Saare_Masina-traktorijaam, lk 6
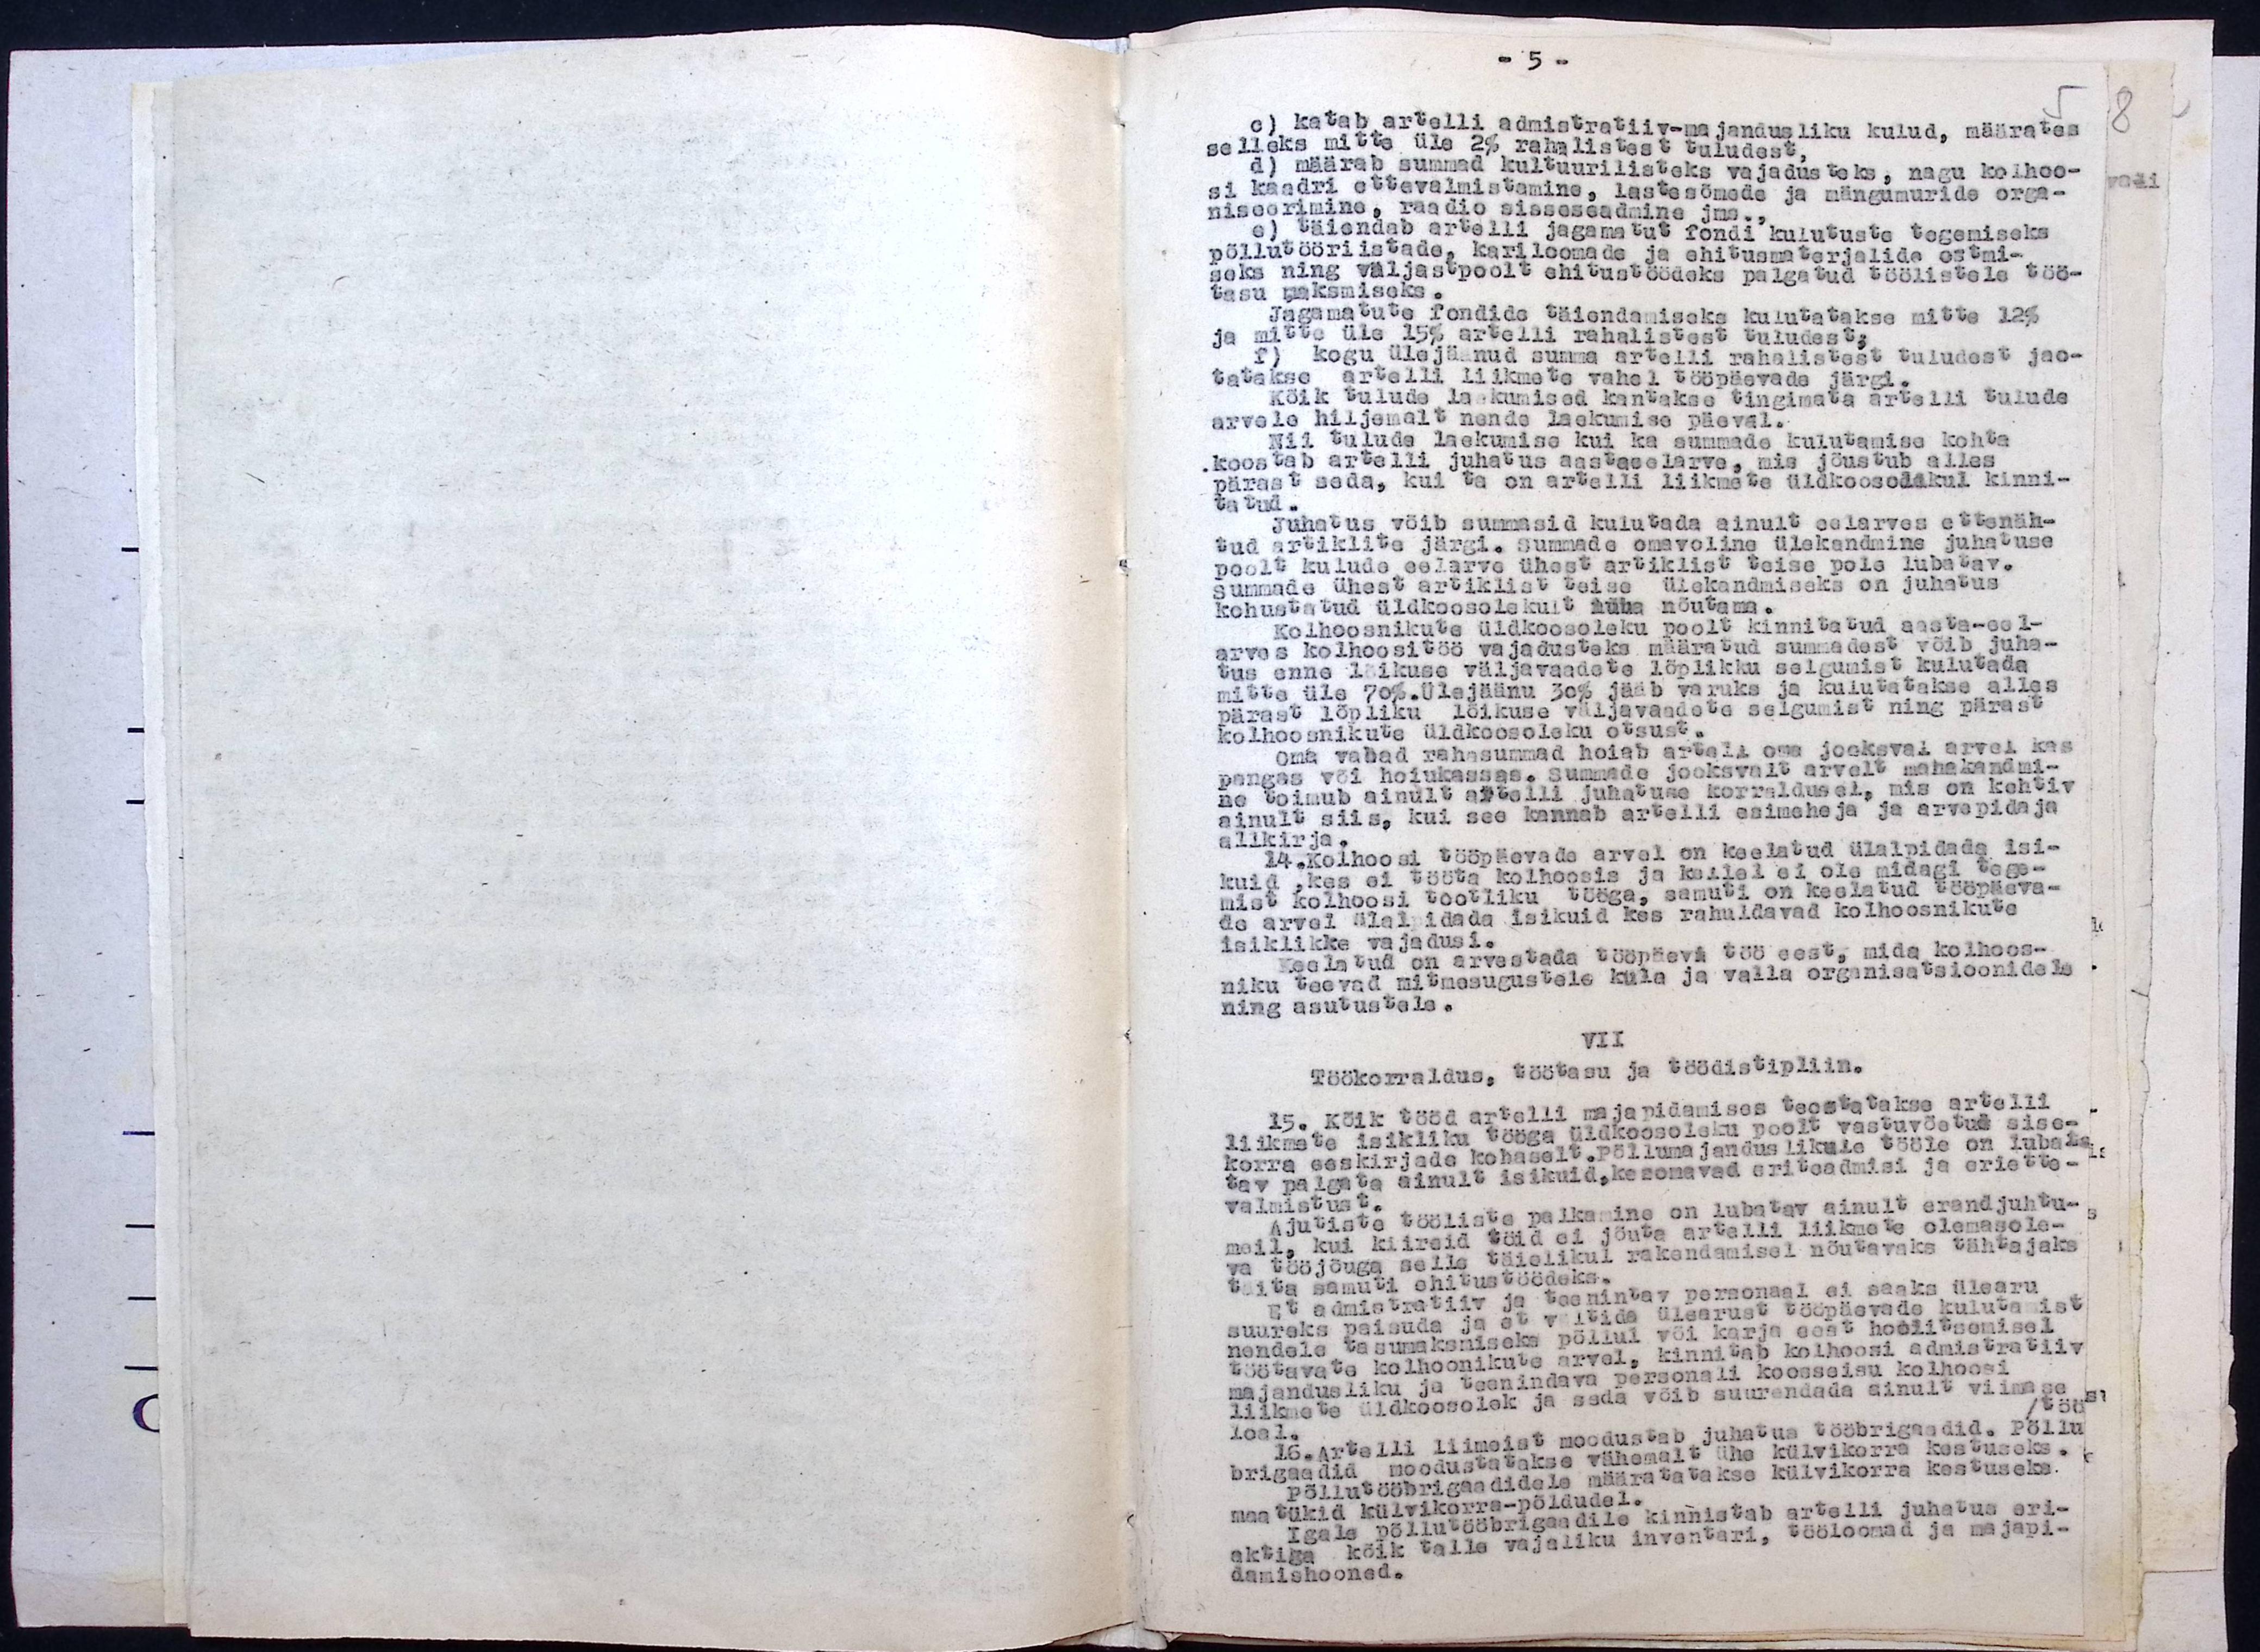
c) katab artelli administratiiv-majandusliku kulud, määrates
selleks mitte üle 2% rahalistest tuludest,
d) määrab summad kultuurilisteks vajadusteks, nagu kolhoo-
si kaadri ettevalmistamine, lastesõmede ja mängumuride orga-
miseerimine, raadio sisseseadmine jms.
e) täiendab artelli jagamatut fondi kulutuste tegemiseks
põllutööriistade, kariloomade ja ehitusmaterjalide ostmi-
seks ning väljastpoolt ehitustöödeks palgatud töölistele töö-
tasu maksmiseks.
Jagamatute fondide täiendamiseks kulutatakse mitte 12%
ja mitte üle 15% artelli rahalistest tuludest;
f) kogu ülejäänud summa artelli rahalistest tuludest jao-
tatakse artelli liikmete vahel tööpäevade järgi.
Kõik tulude laekumised kankakse tingimata artelli tulude
arvele hiljemalt nende laekumise päeval.
Nii tulude laekumise kui ka summade kulutamise kohta
koostab artelli juhatus aastaeelarve, mis jõustub alles
pärast seda, kui ta on artelli liikmete üldkoosolekul kinni-
tatud.
Juhatus võib summasid kulutada ainult eelarves ettenäh-
tud artiklite järgi. Summade omavoline ülekandmine juhatuse
poolt kulude eelarve ühest artiklist teise pole lubatav
Summade ühest artiklist teise ülekandmiseks on juhatus
kohustatud üldkoosolekult luba nõutama.
Kolhoosnikute üldkoosoleku poolt kinnitatud aasta-eel-
erves kolhoositöö vajadusteks määratud summadest võib juha-
tus enne lõikuse väljavaadete lõplikku selgumist kulutada.
mitte üle 70%. Ülejäänu 30% jääb varuks ja kulutatakse alles
pärast löpliku lõikuse väljavaadete selgumist ning pärast
kolhoosnikute üldkoosoleku otsust.
Oma vabad rahasummad hoiab artell oma jooksval arvel kas
pangus või hoiukassas. Summade jooksvalt arvalt mahakandmi-
ne toimub ainult artelli juhatuse korraldusel, mis on kehtiv
ainult siis, kui see kannab artelli esimehe ja ja arvepidaja
allkirja.
14. Kolhoosi tööpäevade arvel on keelatud ülalpidada isi-
kuid, kes ei tööta kolhoosis ja kellel ei ole midagi tege-
mist kolhoosi tootliku tööga, samuti on keelatud tööpäeva-
de arvel ülalpidada isikuid kes rahuldavad kolhoosnikute
isiklikke vajadusi.
Keelatud on arvestada tööpäevi töö eest, mida kolhoos-
niku taevad mitmesugustele küla ja valla organisatsioonidele
ning asutustele.
VII
Töökorraldus,töötasu ja töödistipliin.
15. Kõik tööd artelli majapidamises teostatakse artelli
liikmete isikliku tööga üldkoosoleku poolt vastuvõetud sise-
korra eeskirjade kohaselt. Põllumajanduslikule tööle on luba-
tav palgata ainult isikuid, kes omavad eriteadmisi ja eriette-
valmistust.
Ajutiste tööliste palkamine on lubatav ainult erandjuhtu-
kui kiireid töid ei jõute artelli liikmete olemasole-
tööjõuga selle täielikul rakendamisel nõutavaks tähtajaks
ta samuti ehitustöödeks.
Et administratiiv ja teenintav personaal ei saaks ülearu
suureks paisuda ja et vältida ülearust tööpäevade kulutamist
nendele tasumaksmiseks põllul või karja eest hoolitsemisel
töötavata kolhoonikute arvel, kinnitab kolhoosi administatiiv
majandusliku ja teenindava personali koosseisu kolhoosi
liikmete üldkoosolek ja seda võib suurendada ainult viimase
loal.
16. Artelli liimeist moodustab juhatus tööbrigaadid. Põllu-
brigaadid moodustatakse vähemalt ühe külvikorra kestuseks.
põllutööbrigaadidele määratatakse külvikorra kestuseks
maatükid külvikorra-põldudel.
Igale põllutööbrigaadile kinnistab artelli juhatus eri-
aktiga kõik talle vajaliku inventari, tööloomad ja majapi-
damishooned.